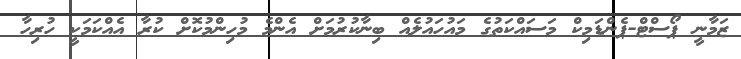
ޒަމާނީ ޕޯސްޓް-ޕެންޑަމިކް މަސައްކަތުގެ މައުހައުލެއް ބިނާކުރުމަށް އެންމެ މުހިންމުކޮށް ކުރާ އެއްކަމަކީ ހުރިހާ